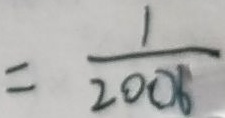
= \frac { 1 } { 2 0 0 6 }